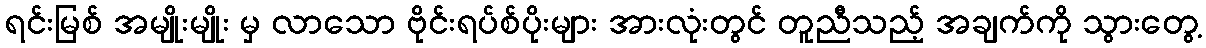
ရင်းမြစ် အမျိုးမျိုး မှ လာသော ဗိုင်းရပ်စ်ပိုးများ အားလုံးတွင် တူညီသည့် အချက်ကို သွားတွေ့